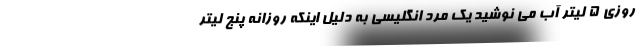
روزی ۵ لیتر آب می نوشید یک مرد انگلیسی به دلیل اینکه روزانه پنج لیتر